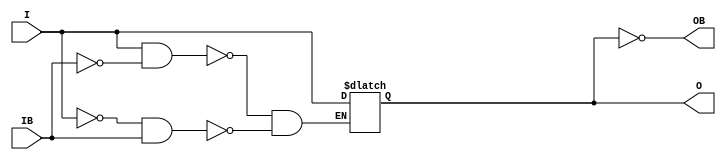
///////////////////////////////////////////////////////////////////////////////
// Copyright (c) 1995/2015 Xilinx, Inc.
// All Right Reserved.
///////////////////////////////////////////////////////////////////////////////
//   ____  ____
//  /   /\/   /
// /___/  \  /    Vendor : Xilinx
// \   \   \/     Version : 2015.4
//  \   \         Description : Xilinx Formal Library Component
//  /   /                  Input Buffer
// /___/   /\     Filename : IBUFDS_DIFF_OUT.v
// \   \  /  \
//  \___\/\___\
//
///////////////////////////////////////////////////////////////////////////////
// Revision:
//    04/01/08 - Initial version.
//    02/05/14 - Removed X's assignment.
//    07/24/14 - Add missing parameter (CR 806964).
// End Revision
///////////////////////////////////////////////////////////////////////////////

`timescale  1 ps / 1 ps

`celldefine

module IBUFDS_DIFF_OUT (O, OB, I, IB);

    parameter DIFF_TERM = "FALSE";
    parameter DQS_BIAS = "FALSE";
    parameter IBUF_LOW_PWR = "TRUE";
    parameter IOSTANDARD = "DEFAULT";


`ifdef XIL_TIMING //Simprim
 
  parameter LOC = "UNPLACED";

`endif

    output O, OB;

    input  I, IB;

    reg  o_out;

    buf B0 (O, o_out);
    not B1 (OB, o_out);

    always @(I or IB) begin
  if (I == 1'b1 && IB == 1'b0)
      o_out <= I;
  else if (I == 1'b0 && IB == 1'b1)
      o_out <= I;
    end

endmodule

`endcelldefine